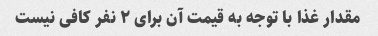
مقدار غذا با توجه به قیمت آن برای ۲ نفر کافی نیست